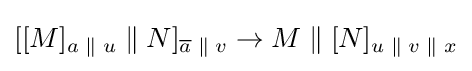
[[M]_{a\;\|\;u}\;\|\;N]_{{\overline {a}}\;\|\;v}\rightarrow M\;\|\;[N]_{u\;\|\;v\;\|\;x}